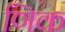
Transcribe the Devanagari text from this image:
णिक